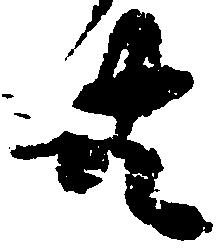
共